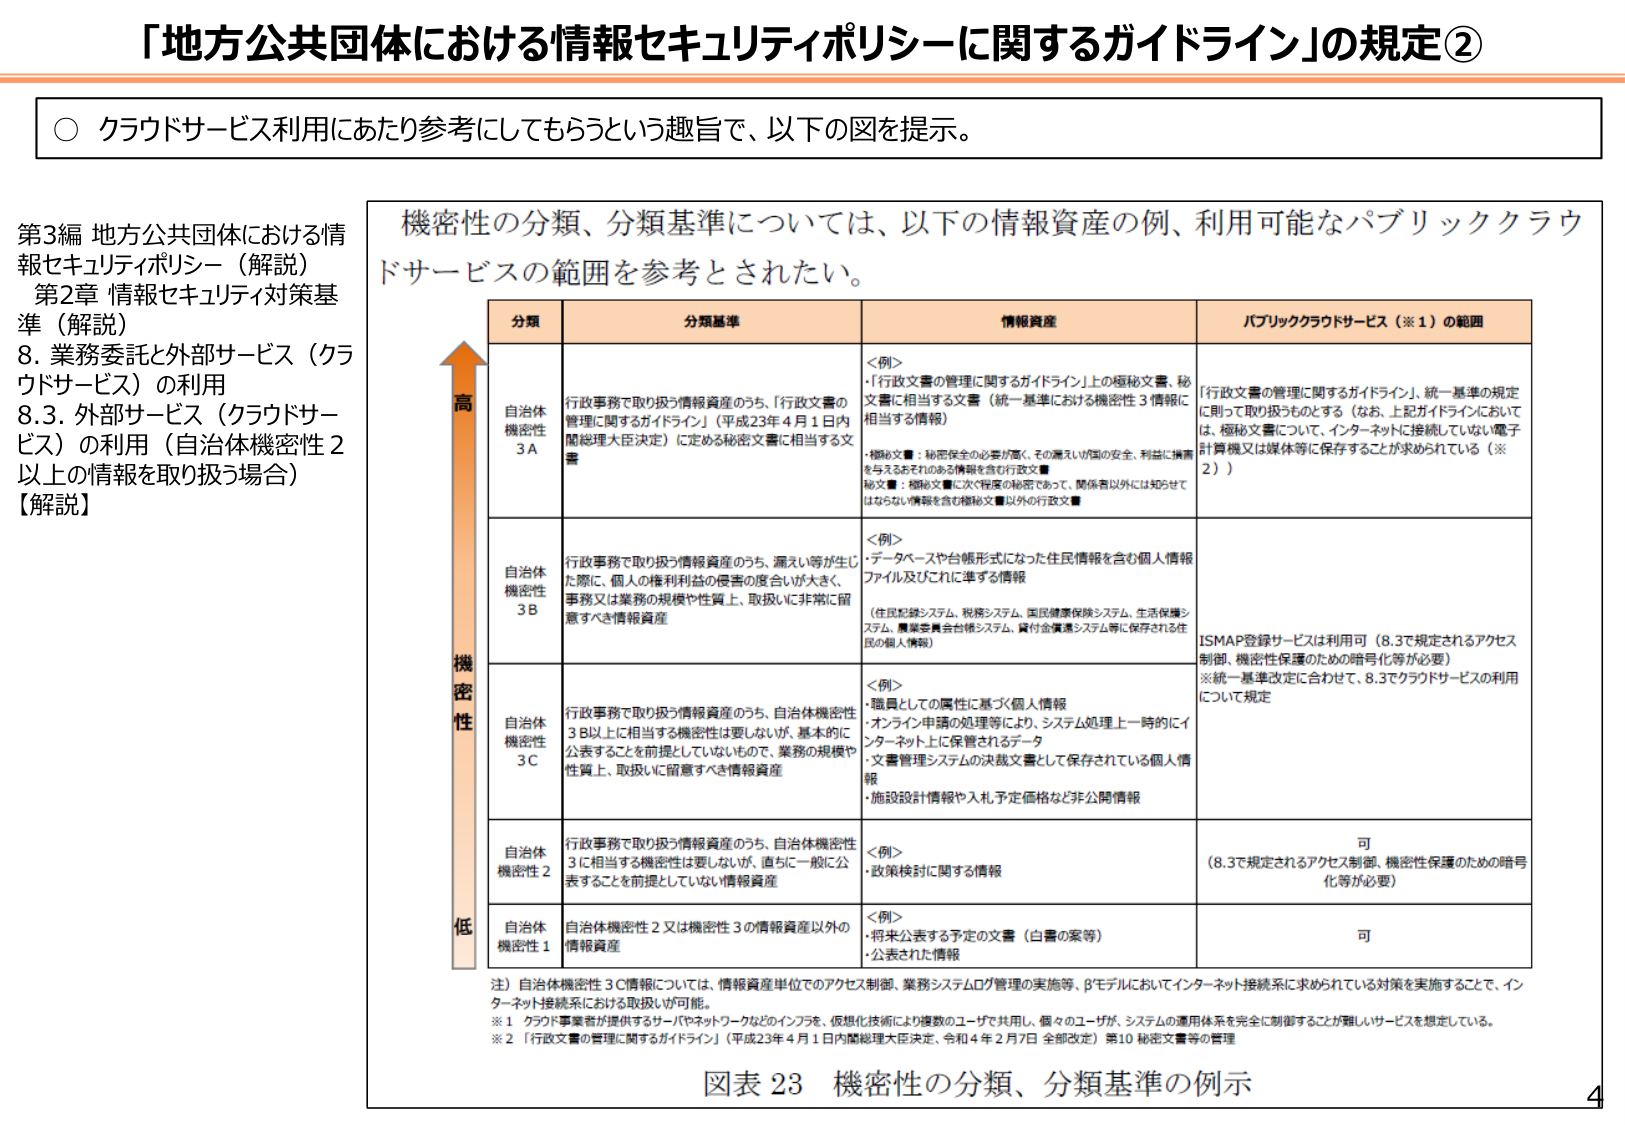
「地方公共団体における情報セキュリティポリシーに関するガイドライン」の規定②

○ クラウドサービス利用にあたり参考にしてもらうという趣旨で、以下の図を提示。

第3編 地方公共団体における情報セキュリティポリシー（解説）
第2章 情報セキュリティ対策基準（解説）
8. 業務委託と外部サービス（クラウドサービス）の利用
8.3. 外部サービス（クラウドサービス）の利用（自治体機密性2以上の情報を取り扱う場合）
【解説】

機密性の分類、分類基準については、以下の情報資産の例、利用可能なパブリッククラウドサービスの範囲を参考とされたい。

分類　　分類基準　　情報資産　　パブリッククラウドサービス（※1）の範囲

（縦軸：機密性　高→低）

自治体機密性3A
行政事務で取り扱う情報資産のうち、「行政文書の管理に関するガイドライン」（平成23年4月1日内閣総理大臣決定）に定める秘密文書に相当する文書
＜例＞
・「行政文書の管理に関するガイドライン」上の極秘文書、秘文書に相当する文書（統一基準における機密性3情報に相当する情報）
・極秘文書：秘密保全の必要が高く、その漏えいが国の安全、利益に損害を与えるおそれのある情報を含む行政文書
・秘文書：極秘文書に次ぐ程度の秘密であって、関係者以外には知られてはならない情報を含む極秘文書以外の行政文書
「行政文書の管理に関するガイドライン」、統一基準の規定に則って取り扱うものとする（なお、上記ガイドラインにおいては、極秘文書について、インターネットに接続していない電子計算機又は媒体等に保存することが求められている（※2））

自治体機密性3B
行政事務で取り扱う情報資産のうち、漏えい等が生じた際に、個人の権利利益の侵害の度合いが大きく、事務又は業務の規模や性質上、取扱いに非常に留意すべき情報資産
＜例＞
・データベースや台帳形式になった住民情報を含む個人情報ファイル及びこれに準ずる情報
（住民記録システム、税務システム、国民健康保険システム、生活保護システム、農業委員会台帳システム、貸付金管理システム等に保存される住民の個人情報）
ISMAP登録サービスは利用可（8.3で規定されるアクセス制御、機密性保護のための暗号化等が必要）
※統一基準改定に合わせて、8.3でクラウドサービスの利用について規定

自治体機密性3C
行政事務で取り扱う情報資産のうち、自治体機密性3B以上に相当する機密性は要しないが、基本的に公表することを前提としていないもので、業務の規模や性質上、取扱いに留意すべき情報資産
＜例＞
・職員としての属性に基づく個人情報
・オンライン申請の処理等により、システム処理上一時的にインターネット上に保管されるデータ
・文書管理システムの決裁文書として保存されている個人情報
・施設設計情報や入札予定価格など非公開情報

自治体機密性2
行政事務で取り扱う情報資産のうち、自治体機密性3に相当する機密性は要しないが、直ちに一般に公表することを前提としていない情報資産
＜例＞
・政策検討に関する情報
可
（8.3で規定されるアクセス制御、機密性保護のための暗号化等が必要）

自治体機密性1
自治体機密性2又は機密性3の情報資産以外の情報資産
＜例＞
・将来公表する予定の文書（白書の案等）
・公表された情報
可

注）自治体機密性3C情報については、情報資産単位でのアクセス制御、業務システムログ管理の実施等、βモデルにおいてインターネット接続系に求められている対策を実施することで、インターネット接続系における取扱いが可能。
※1 クラウド事業者が提供するサーバやネットワークなどのインフラを、仮想化技術により複数のユーザで共用し、個々のユーザが、システムの運用体系を完全に制御することが難しいサービスを想定している。
※2 「行政文書の管理に関するガイドライン」（平成23年4月1日内閣総理大臣決定、令和4年2月7日 全部改定）第10 秘密文書等の管理

図表 23 機密性の分類、分類基準の例示

4